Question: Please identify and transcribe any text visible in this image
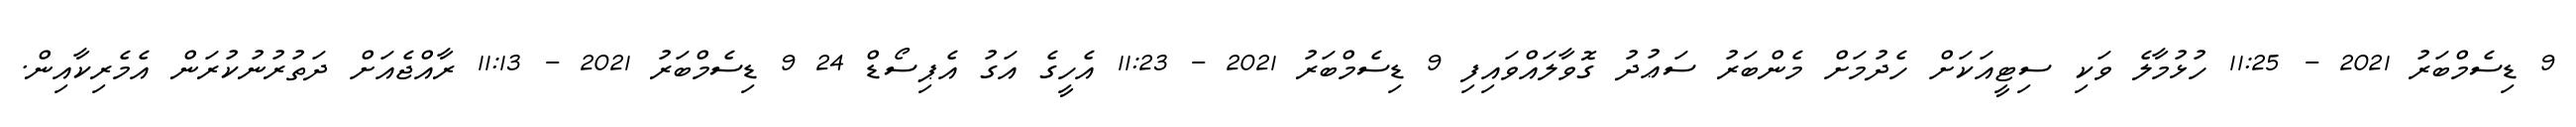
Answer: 9 ޑިސެމްބަރު 2021 - 11:25 ހުޅުމާލެ ވަކި ސިޓީއަކަށް ހެދުމަށް މެންބަރު ސަޢުދު ގޮވާލައްވައިފި 9 ޑިސެމްބަރު 2021 - 11:23 އެހީގެ އަގު އެޕިސޯޑް 24 9 ޑިސެމްބަރު 2021 - 11:13 ރާއްޖެއަށް ދަތުރުނުކުރަން އެމެރިކާއިން.